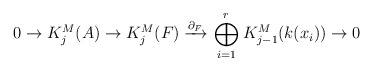
\begin{align*} 0 \to K^M_j(A) \to K^M_j(F) \xrightarrow{\partial_F} \ \stackrel{r}{\underset{i=1}\bigoplus} K^M_{j-1}(k(x_i)) \to 0 \end{align*}